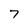
Character: 7